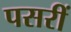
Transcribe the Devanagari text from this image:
पसरीं